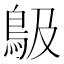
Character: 𩾶